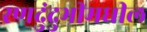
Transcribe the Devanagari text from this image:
रणदुंदुभीमधील